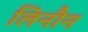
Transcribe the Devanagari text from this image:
लिनौन